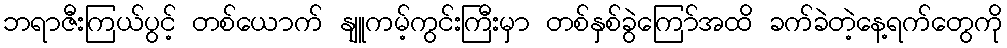
ဘရာဇီးကြယ်ပွင့် တစ်ယောက် နျူကမ့်ကွင်းကြီးမှာ တစ်နှစ်ခွဲကြော်အထိ ခက်ခဲတဲ့နေ့ရက်တွေကို